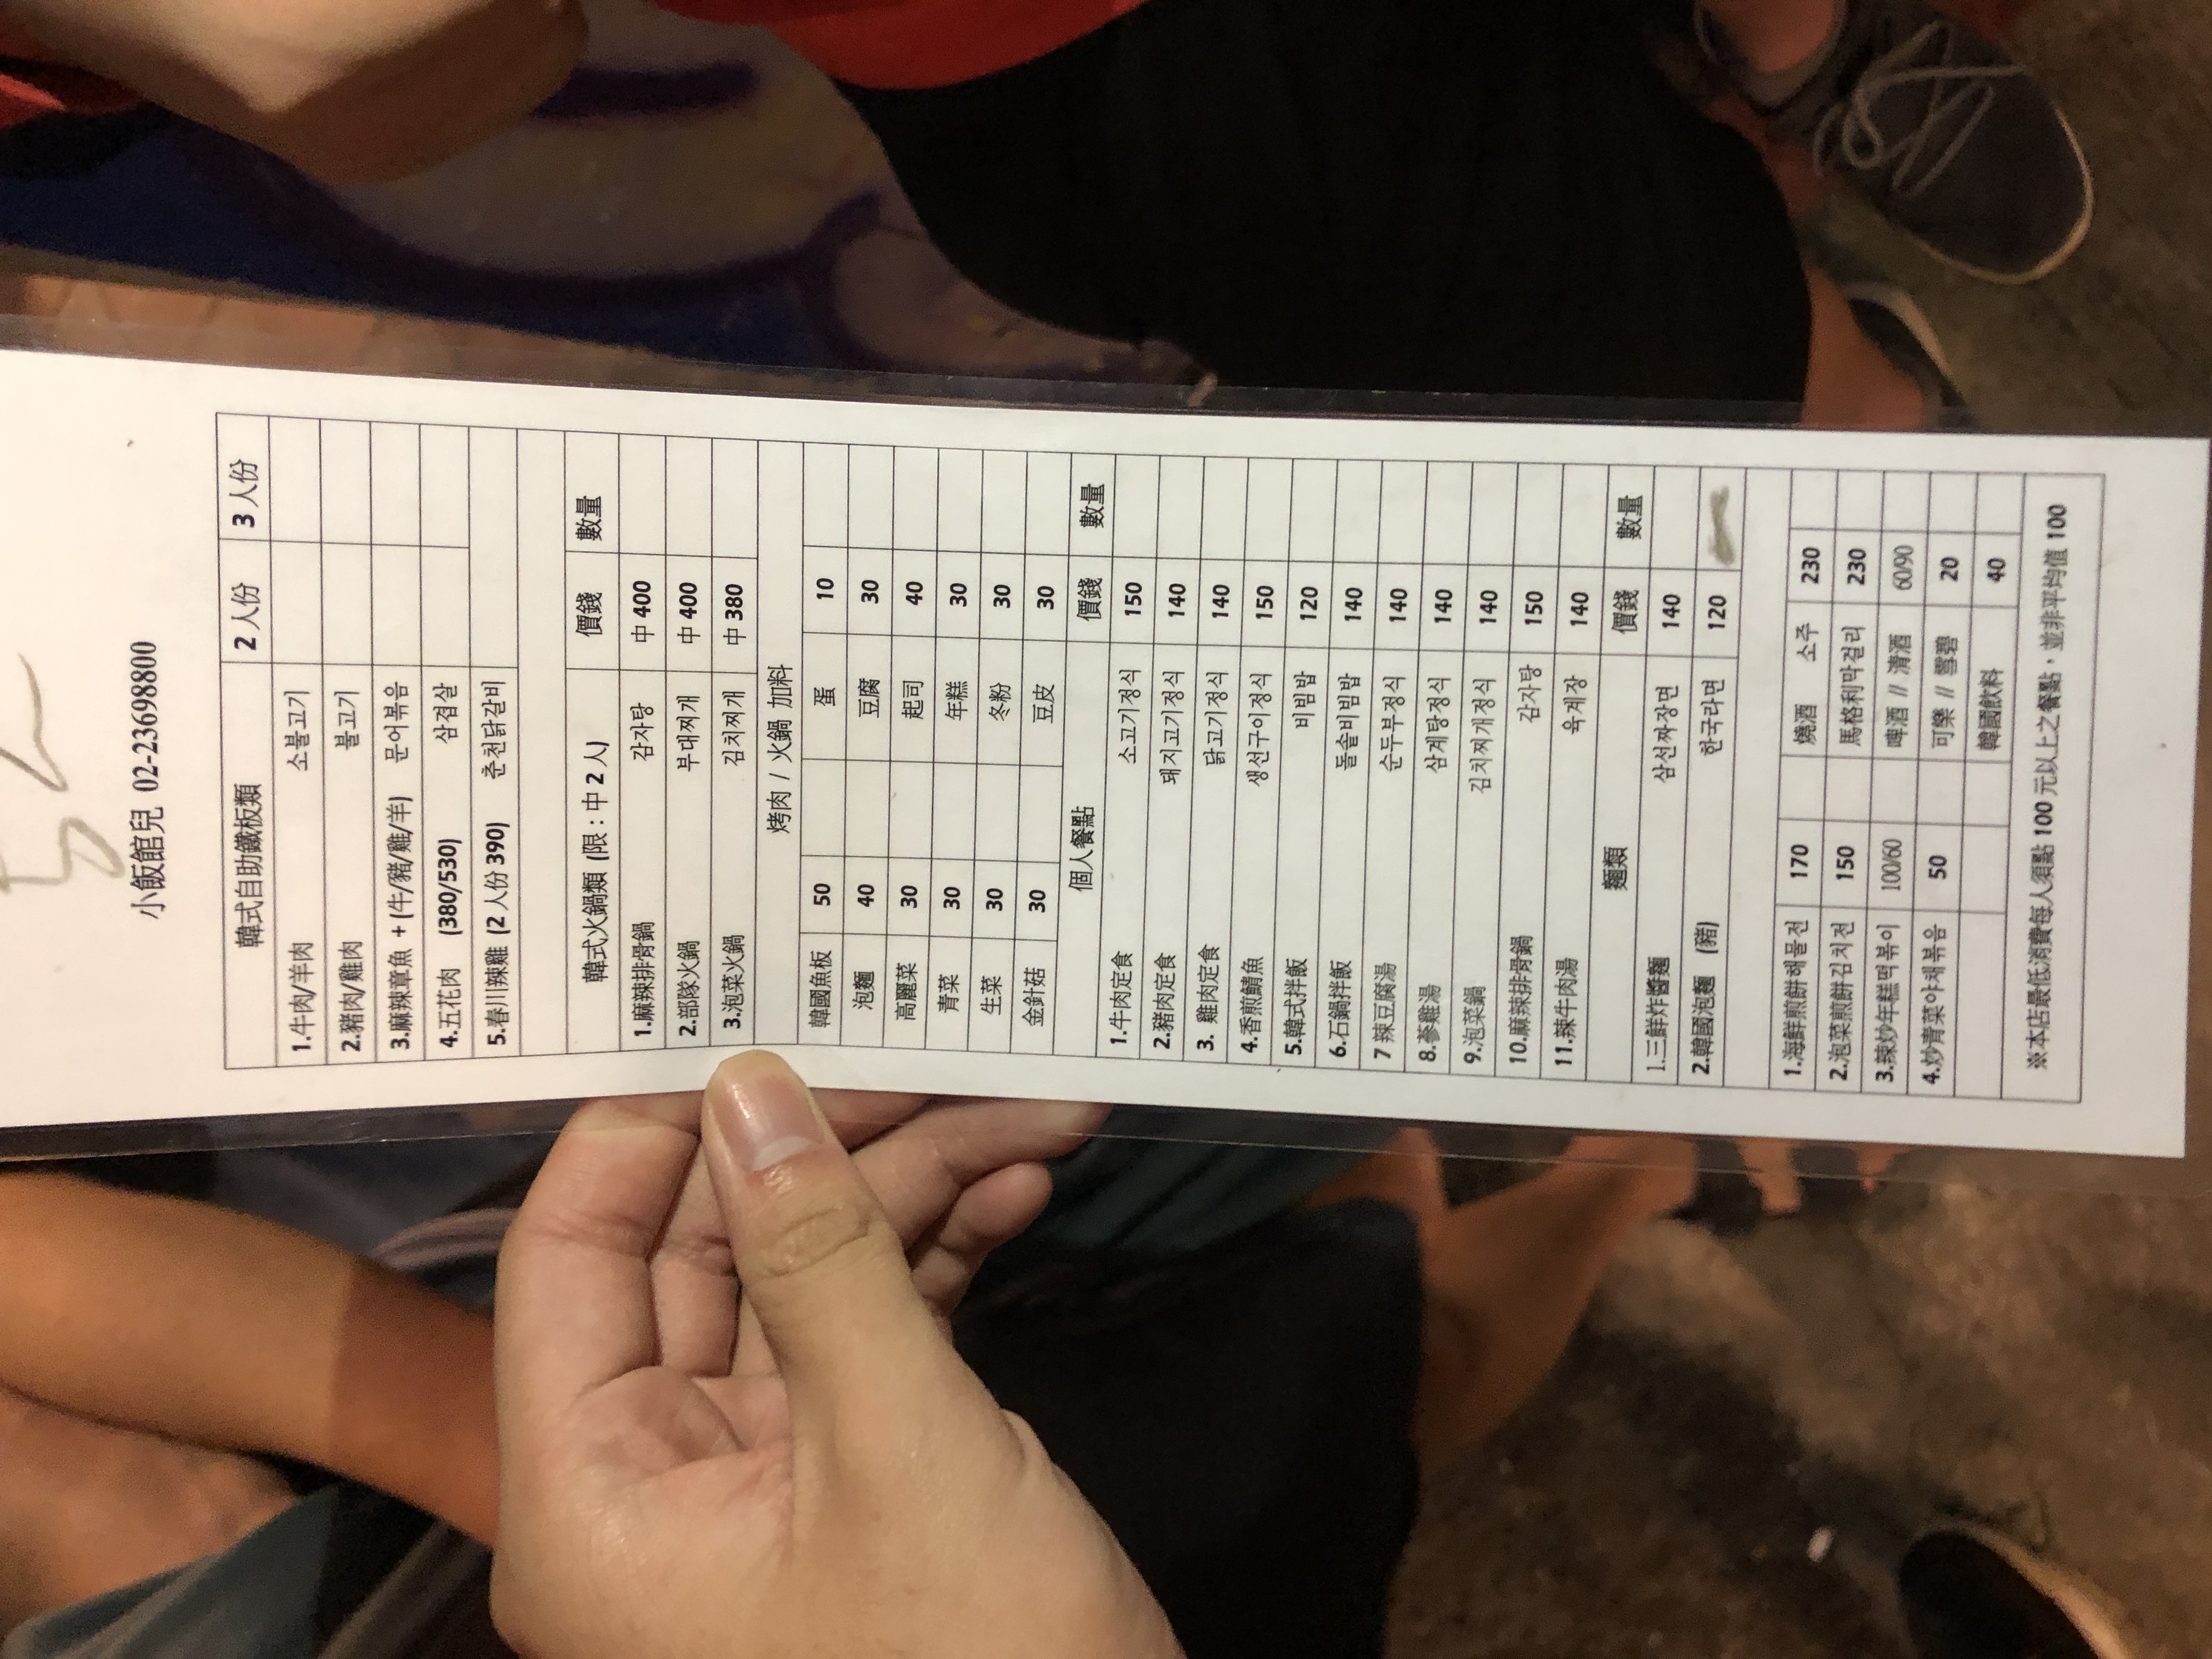
餐廳：小飯館兒
電話：02-23698800
菜單：
name: 牛肉/羊肉 (소불고기) - 2人份
price: 400
name: 牛肉/羊肉 (소불고기) - 3人份
price: 590
name: 豬肉/雞肉 (불고기) - 2人份
price: 400
name: 豬肉/雞肉 (불고기) - 3人份
price: 590
name: 麻辣章魚+(牛/豬/雞/羊) (문어볶음) - 2人份
price: 400
name: 麻辣章魚+(牛/豬/雞/羊) (문어볶음) - 3人份
price: 590
name: 五花肉 - 2人份
price: 380
name: 五花肉 - 3人份
price: 530
name: 春川辣雞 - 2人份
price: 390
name: 麻辣排骨鍋 (감자탕)
price: 400
name: 部隊火鍋
price: 400
name: 泡菜火鍋
price: 380
name: 韓國魚板
price: 50
name: 泡麵
price: 40
name: 高麗菜
price: 30
name: 青菜
price: 30
name: 生菜
price: 30
name: 金針菇
price: 30
name: 蛋
price: 10
name: 豆腐
price: 30
name: 起司
price: 40
name: 年糕
price: 30
name: 冬粉
price: 30
name: 豆皮
price: 30
name: 牛肉定食 (소고기정식)
price: 150
name: 豬肉定食 (돼지고기정식)
price: 140
name: 雞肉定食 (닭고기정식)
price: 140
name: 香煎鯖魚 (생선구이정식)
price: 150
name: 韓式拌飯 (비빔밥)
price: 120
name: 石鍋拌飯 (돌솥비빔밥)
price: 140
name: 辣豆腐湯 (순두부정식)
price: 140
name: 蔘雞湯 (삼계탕정식)
price: 140
name: 泡菜鍋 (김치찌개정식)
price: 140
name: 麻辣排骨鍋 (감자탕)
price: 150
name: 辣牛肉湯 (육개장)
price: 140
name: 三鮮炸醬麵 (삼선짜장면)
price: 140
name: 韓國泡麵 (韓)
price: 120
name: 海鮮煎餅 (해물전)
price: 170
name: 泡菜煎餅 (김치전)
price: 150
name: 辣炒年糕 (辣炒年糕볶이)
price: 100/60
name: 炒青菜 (야채볶음)
price: 50
name: 燒酒
price: 230
name: 馬格利米酒
price: 230
name: 啤酒
price: 60
name: 清酒
price: 90
name: 可樂
price: 20
name: 雪碧
price: 20
name: 韓國飲料
price: 40